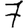
Digit: 7